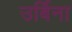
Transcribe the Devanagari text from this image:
उर्बिना